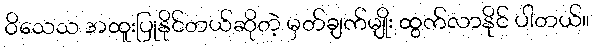
ဝိသေသ အထူးပြုနိုင်တယ်ဆိုတဲ့ မှတ်ချက်မျိုး ထွက်လာနိုင် ပါတယ်။